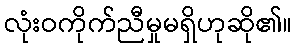
လုံးဝကိုက်ညီမှုမရှိဟုဆို၏။